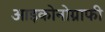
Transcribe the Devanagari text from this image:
आइकोनोग्राफी